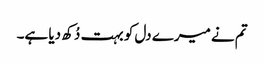
تم نے میرے دل کو بہت دُکھ دیا ہے۔